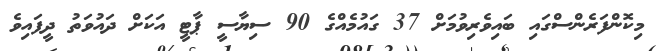
މިކޮންފަރެންސްގައި ބައިވެރިވުމަށް 37 ގައުމެއްގެ 90 ސިޔާސީ ޕާޓީ އަކަށް ދައުވަތު ދީފައިވެ